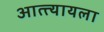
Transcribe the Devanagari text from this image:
आत्त्यायला